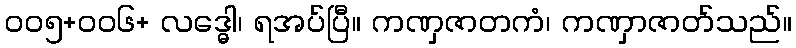
၀၀၅+၀၀၆+ လဒ္ဓေါ၊ ရအပ်ပြီ။ ကဏှဇာတကံ၊ ကဏှာဇာတ်သည်။